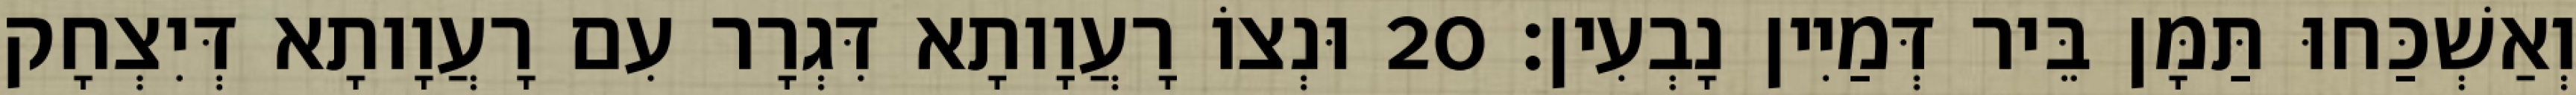
וְאַשְׁכַּחוּ תַּמָּן בֵּיר דְּמַיִין נָבְעִין׃ 20 וּנְצוֹ רָעֲוָותָא דִּגְרָר עִם רָעֲוָותָא דְּיִצְחָק